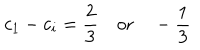
LaTeX: c _ { 1 } - c _ { i } = \frac { 2 } { 3 } \quad \mathrm { o r } \quad - \frac { 1 } { 3 }